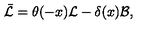
\bar { \mathcal { L } } = \theta ( - x ) \mathcal { L } - \delta ( x ) \mathcal { B } ,